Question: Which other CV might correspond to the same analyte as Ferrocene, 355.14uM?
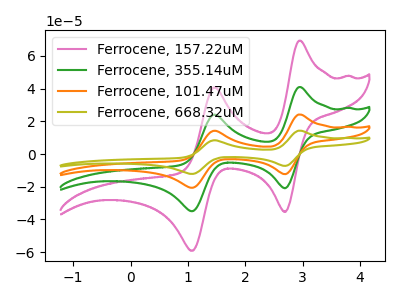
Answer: <think>The pink curve "Ferrocene, 157.22uM" has anodic peaks at (2.95V, 69.25uA) (1.45V, 40.80uA) and cathodic peaks at (2.70V, -35.40uA) (1.10V, -59.15uA). The green curve "Ferrocene, 355.14uM" has anodic peaks at (2.95V, 40.90uA) (1.45V, 24.10uA) and cathodic peaks at (2.70V, -20.90uA) (1.10V, -34.95uA). The orange curve "Ferrocene, 101.47uM" has anodic peaks at (2.95V, 81.85uA) (1.45V, 48.20uA) and cathodic peaks at (2.70V, -41.80uA) (1.10V, -69.90uA). The olive curve "Ferrocene, 668.32uM" has anodic peaks at (2.95V, 122.75uA) (1.45V, 72.30uA) and cathodic peaks at (2.70V, -62.70uA) (1.10V, -104.80uA).
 All the peaks in "Ferrocene, 157.22uM" have a peak in "Ferrocene, 355.14uM" at the same potential. Every peak in "Ferrocene, 157.22uM" is higher than every peak in "Ferrocene, 355.14uM". All the peaks in "Ferrocene, 157.22uM" have a peak in "Ferrocene, 101.47uM" at the same potential. Every peak in "Ferrocene, 157.22uM" is lower than every peak in "Ferrocene, 101.47uM". All the peaks in "Ferrocene, 157.22uM" have a peak in "Ferrocene, 668.32uM" at the same potential. Every peak in "Ferrocene, 157.22uM" is lower than every peak in "Ferrocene, 668.32uM". All the peaks in "Ferrocene, 355.14uM" have a peak in "Ferrocene, 101.47uM" at the same potential. Every peak in "Ferrocene, 355.14uM" is lower than every peak in "Ferrocene, 101.47uM". All the peaks in "Ferrocene, 355.14uM" have a peak in "Ferrocene, 668.32uM" at the same potential. Every peak in "Ferrocene, 355.14uM" is lower than every peak in "Ferrocene, 668.32uM". All the peaks in "Ferrocene, 101.47uM" have a peak in "Ferrocene, 668.32uM" at the same potential. Every peak in "Ferrocene, 101.47uM" is lower than every peak in "Ferrocene, 668.32uM".</think>
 <answer>"Ferrocene, 355.14uM", "Ferrocene, 101.47uM" and "Ferrocene, 668.32uM" have a similar shape to "Ferrocene, 157.22uM".</answer>
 <eval>"Ferrocene, 355.14uM" "Ferrocene, 101.47uM" "Ferrocene, 668.32uM"</eval>